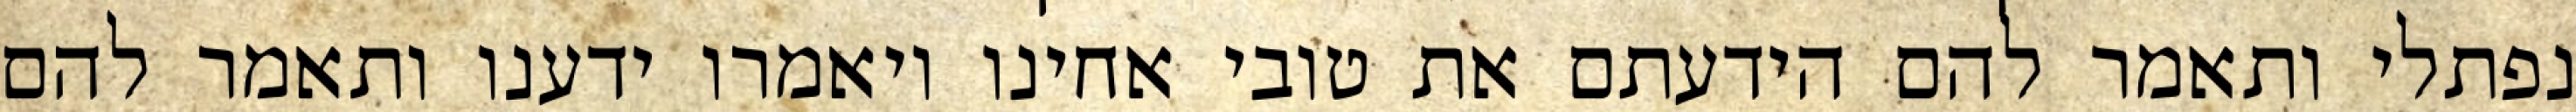
נפתלי ותאמר להם הידעתם את טובי אחינו ויאמרו ידענו ותאמר להם